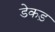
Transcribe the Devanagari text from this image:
डेकड़